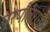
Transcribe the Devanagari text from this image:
प्रपौत्रांनी